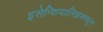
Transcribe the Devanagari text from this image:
इसेन्शियालिझममधून